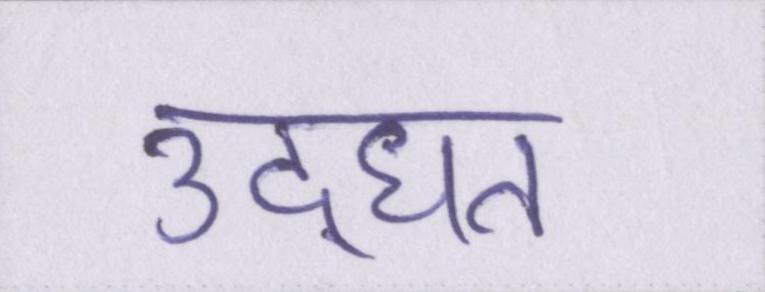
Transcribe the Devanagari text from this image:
उद्धृत